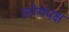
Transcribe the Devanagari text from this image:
लोमपक्ष